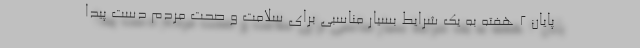
پایان 2 هفته به یک شرایط بسیار مناسبی برای سلامت و صحت مردم دست پیدا